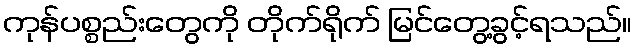
ကုန်ပစ္စည်းတွေကို တိုက်ရိုက် မြင်တွေ့ခွင့်ရသည်။